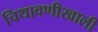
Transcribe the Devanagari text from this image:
चिथावणीखाली